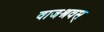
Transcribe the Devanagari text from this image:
वाजश्रवस्